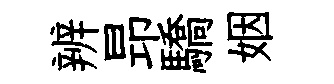
辨昻驕姻